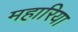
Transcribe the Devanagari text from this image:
महारिया